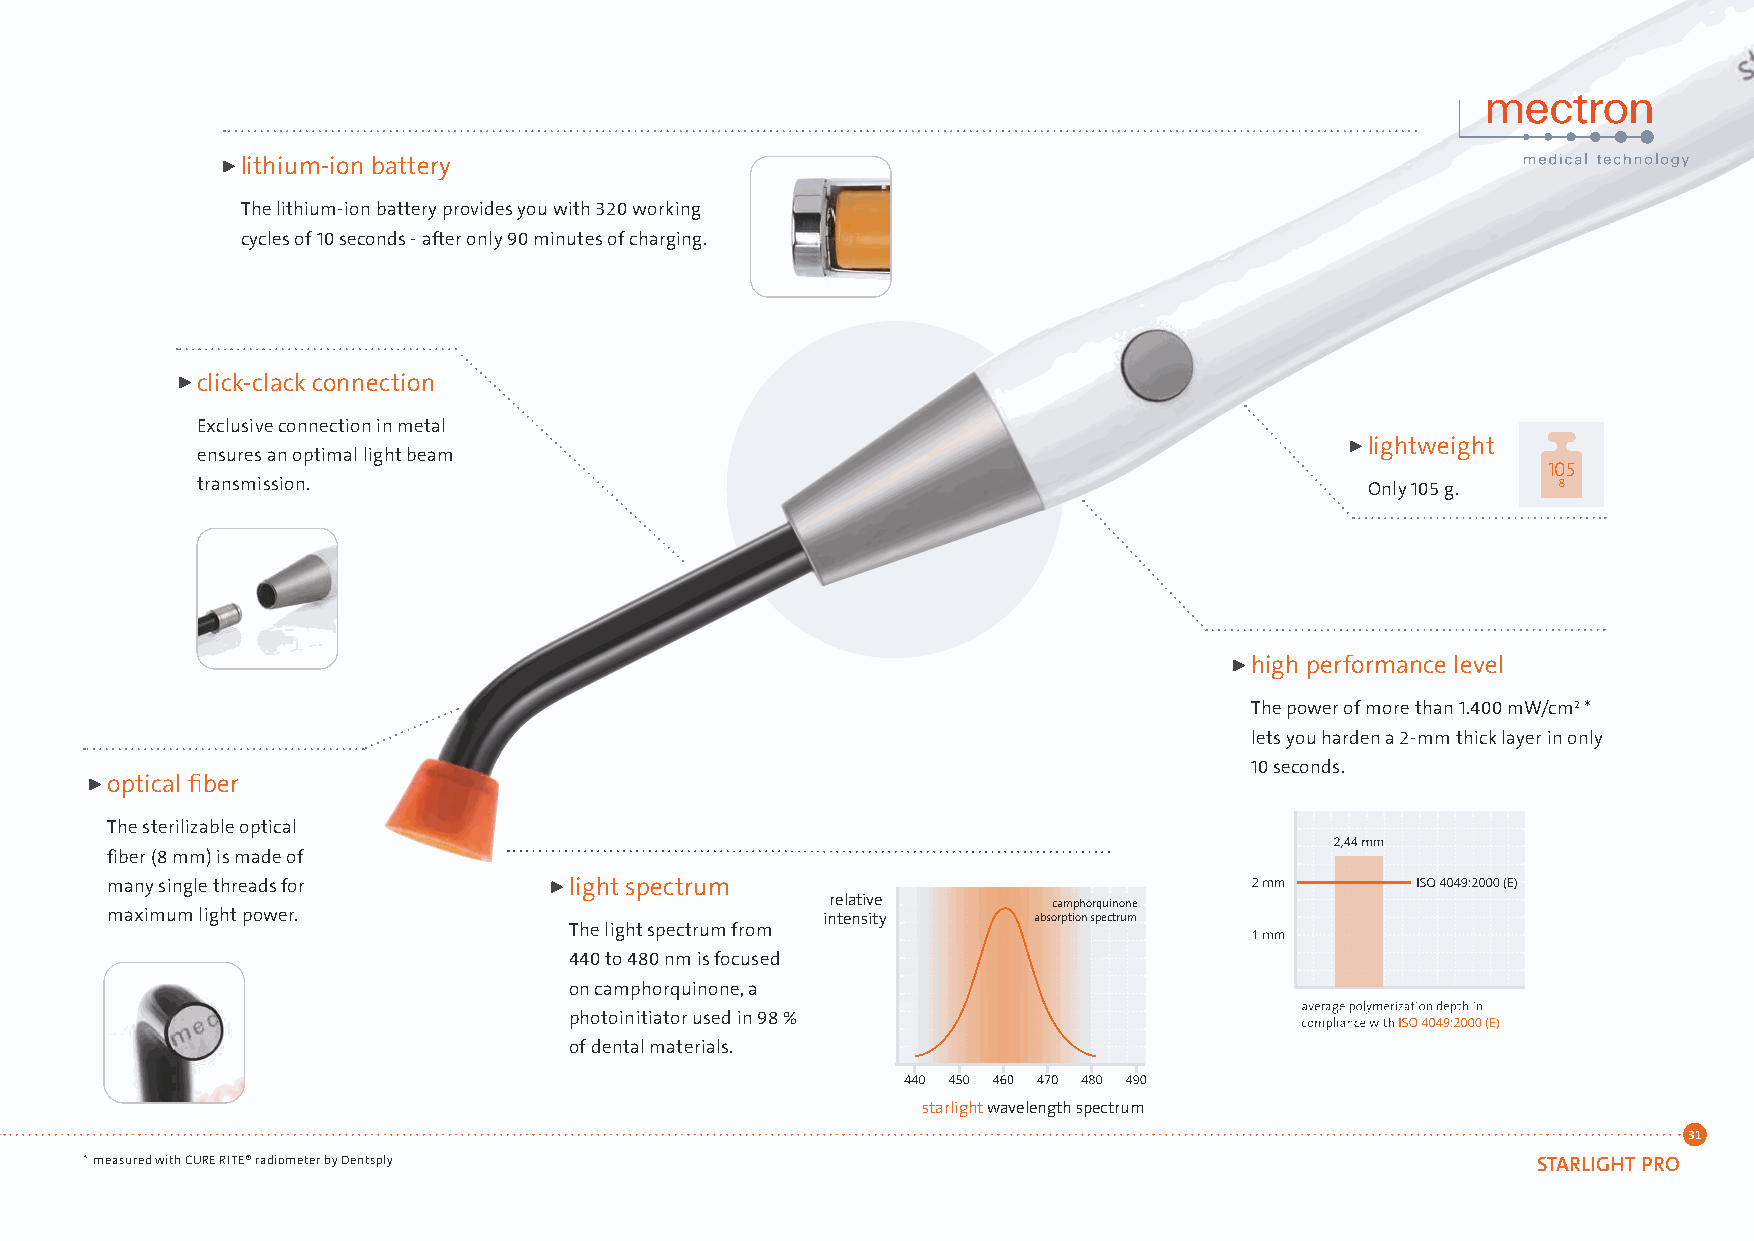
lithium-ion battery
 The lithium-ion battery provides you with 320 working
 cycles of 10 seconds - after only 90 minutes of charging.
 click-clack connection
 Exclusive connection in metal
 lightweight
 ensures an optimal light beam
 105
 transmission.                                                                 Only 105 g. g
 high performance level
 The power of more than 1.400 mW/cm2 *
 lets you harden a 2-mm thick layer in only
 10 seconds.
 optical fiber
 The sterilizable optical
 fiber (8 mm) is made of
 many single threads for        light spectrum
 relative       camphorquinone
 maximum light power.                           intensity     absorption spectrum
 The light spectrum from
 440 to 480 nm is focused
 on camphorquinone, a
 photoinitiator used in 98 %
 of dental materials.
 starlight wavelength spectrum
 31
 * measured with CURE RITE® radiometer by Dentsply                                                STARLIGHT PRO